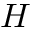
H